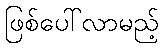
ဖြစ်ပေါ်လာမည့်